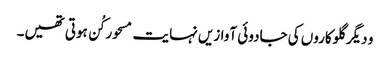
و دیگر گلوکاروں کی جادوئی آوازیں نہایت مسحور کُن ہوتی تھیں۔